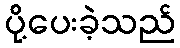
ပို့ပေးခဲ့သည်